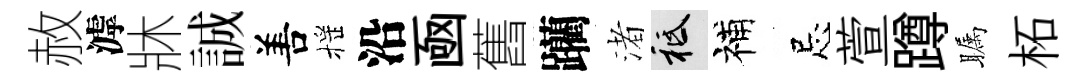
赦滹牀誠𠵊摇沿凾舊躪渚祇補忌萱蹲瞩柘